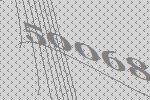
50068